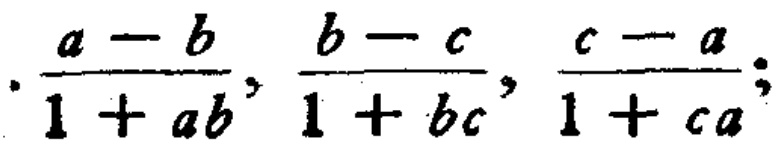
$\frac{a - b}{1 + ab},\frac{b - c}{1 + bc},\frac{c - a}{1 + ca};$